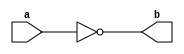
module not1(b, a);
  output b; // Output port b
  input a;  // Input port a
  assign b = ~a; // NOT gate implementation: b is the logical NOT of a
endmodule